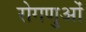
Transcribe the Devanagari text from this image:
रोगणुओं